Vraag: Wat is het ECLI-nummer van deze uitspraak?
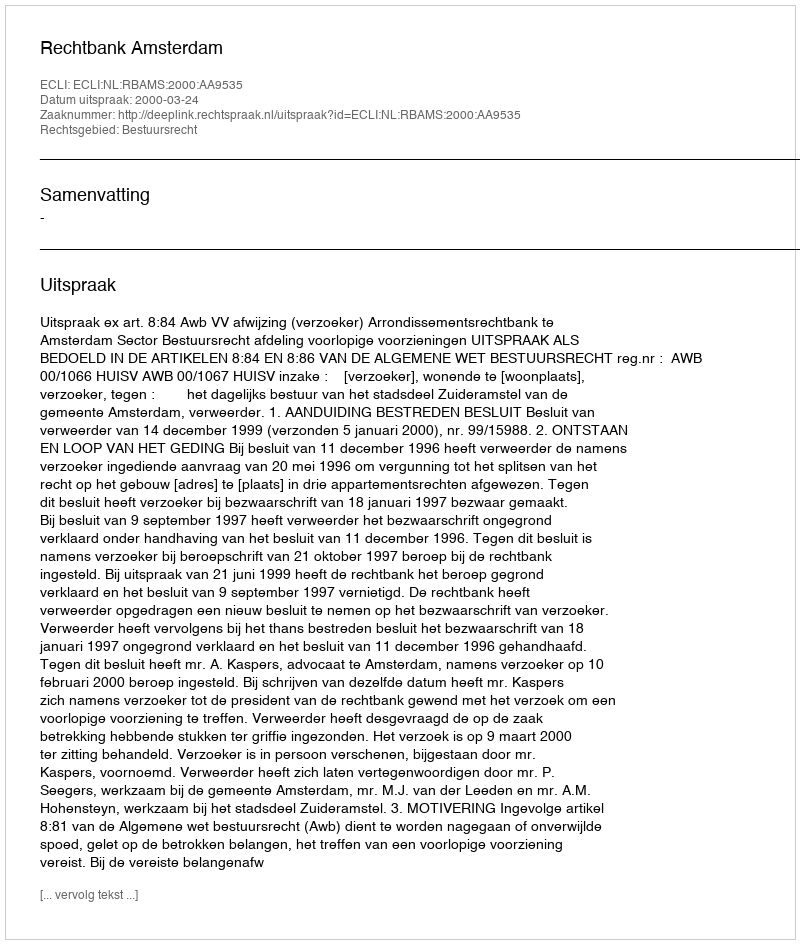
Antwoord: ECLI:NL:RBAMS:2000:AA9535